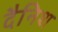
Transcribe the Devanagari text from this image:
दैनिश